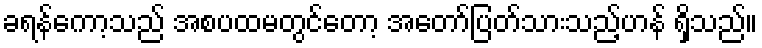
ခရန်ကော့သည် အစပထမတွင်တော့ အတော်ပြတ်သားသည့်ဟန် ရှိသည်။